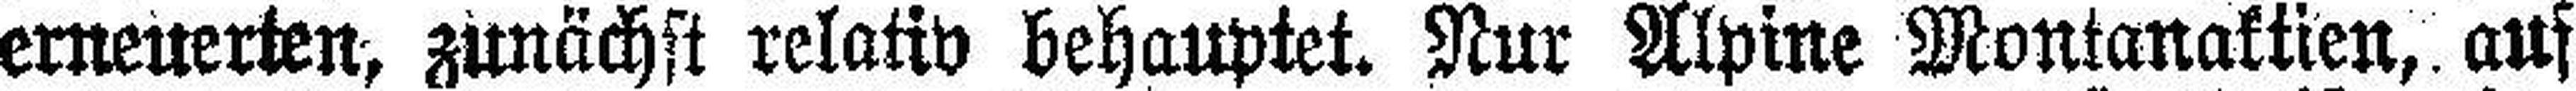
erneuerten, zunächst relativ behauptet. Nur Alpine Montanaktien, auf